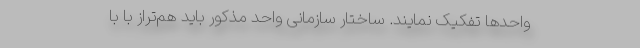
واحدها تفکیک نمایند. ساختار سازمانی واحد مذکور باید هم‌تراز با با